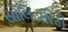
સોલિડારિટી